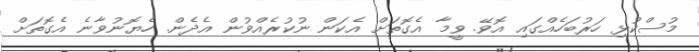
މުސްކުޅި ހަރުބަހެއްގައި އޮވޭ. ވީމާ އެގޮތަށް އެކަން ނުކުރެއްވުން އެދެން. ހެޔޮނުވާނެ އެގޮތަށް